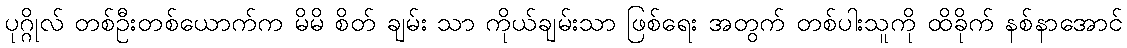
ပုဂ္ဂိုလ် တစ်ဦးတစ်ယောက်က မိမိ စိတ် ချမ်း သာ ကိုယ်ချမ်းသာ ဖြစ်ရေး အတွက် တစ်ပါးသူကို ထိခိုက် နစ်နာအောင်